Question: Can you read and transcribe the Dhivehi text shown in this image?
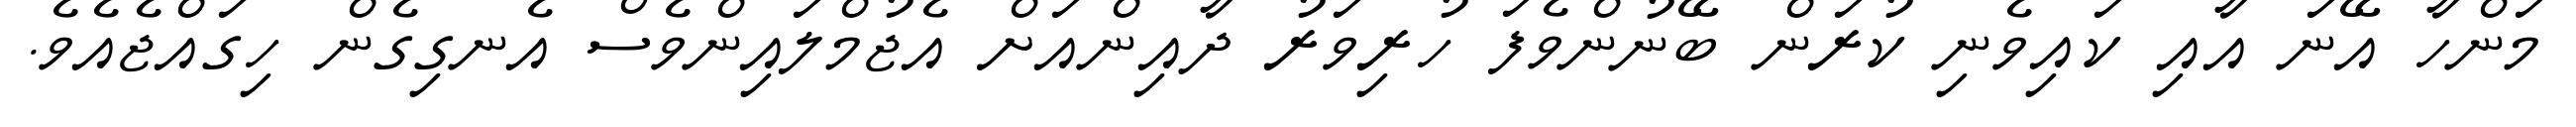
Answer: މަންހާ އޭނަ އާއި ކައިވެނި ކުރަން ބޭނުންވެފަ ހުރިވަރު ދާއިންއަށް އެޖުމްލައިންވެސް އެނގިގެން ހިގައްޖެއެވެ.